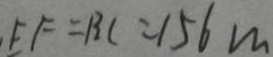
E F = B C = 1 5 6 m